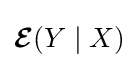
\operatorname {\boldsymbol {\mathcal {E}}} (Y\mid X)